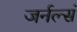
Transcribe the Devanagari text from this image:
जर्नल्सं